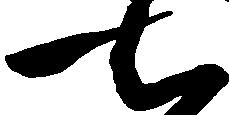
七